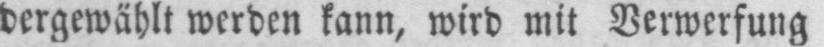
dergewählt werden kann, wird mit Verwerfung